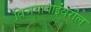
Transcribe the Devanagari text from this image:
विजयाबाईंवरील